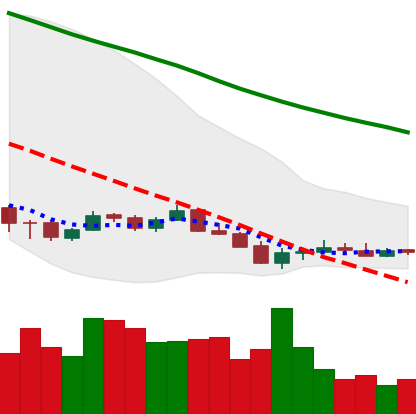
Ticker: ETC-USD
Chart end date: 2018-12-13
Forward return: 8.428%
Label: up_7plus